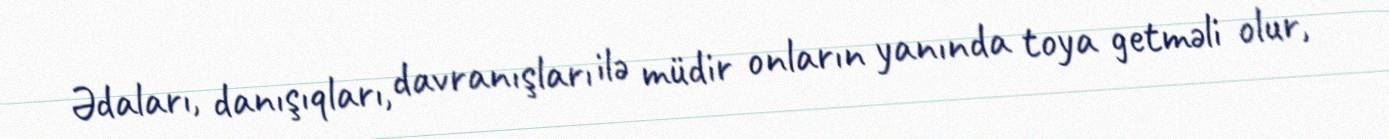
Ədaları, danışıqları, davranışları ilə müdir onların yanında toya getməli olur,